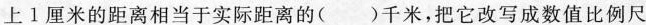
上1厘米的距离相当于实际距离的()千米，把它改写成数值比例尺